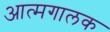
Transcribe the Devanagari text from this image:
आत्मगालक